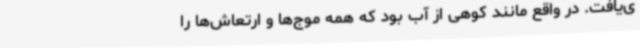
ی‌یافت. در واقع مانند کوهی از آب بود که همه موج‌ها و ارتعاش‌ها را